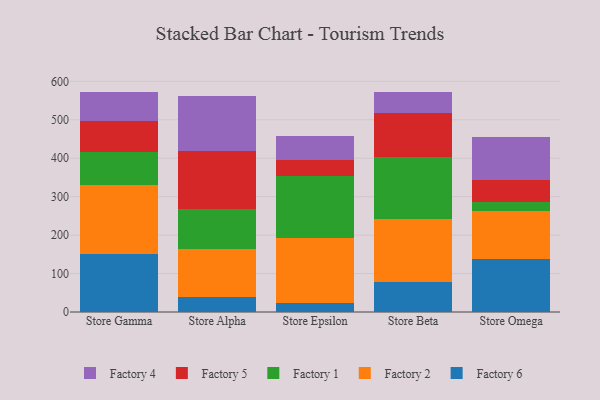
{"axis": {"x": "Store", "y": "Waste Production (Tons)"}, "legend": ["Factory 1", "Factory 2", "Factory 4", "Factory 5", "Factory 6"], "data": [{"x": "Store Gamma", "y": 149.9, "type": "Factory 6"}, {"x": "Store Gamma", "y": 179.4, "type": "Factory 2"}, {"x": "Store Gamma", "y": 86.7, "type": "Factory 1"}, {"x": "Store Gamma", "y": 79.8, "type": "Factory 5"}, {"x": "Store Gamma", "y": 77.5, "type": "Factory 4"}, {"x": "Store Alpha", "y": 38.3, "type": "Factory 6"}, {"x": "Store Alpha", "y": 124.9, "type": "Factory 2"}, {"x": "Store Alpha", "y": 104.9, "type": "Factory 1"}, {"x": "Store Alpha", "y": 152.0, "type": "Factory 5"}, {"x": "Store Alpha", "y": 141.0, "type": "Factory 4"}, {"x": "Store Epsilon", "y": 22.8, "type": "Factory 6"}, {"x": "Store Epsilon", "y": 171.0, "type": "Factory 2"}, {"x": "Store Epsilon", "y": 160.2, "type": "Factory 1"}, {"x": "Store Epsilon", "y": 41.4, "type": "Factory 5"}, {"x": "Store Epsilon", "y": 61.9, "type": "Factory 4"}, {"x": "Store Beta", "y": 78.4, "type": "Factory 6"}, {"x": "Store Beta", "y": 163.3, "type": "Factory 2"}, {"x": "Store Beta", "y": 160.8, "type": "Factory 1"}, {"x": "Store Beta", "y": 115.4, "type": "Factory 5"}, {"x": "Store Beta", "y": 55.0, "type": "Factory 4"}, {"x": "Store Omega", "y": 137.3, "type": "Factory 6"}, {"x": "Store Omega", "y": 124.9, "type": "Factory 2"}, {"x": "Store Omega", "y": 23.2, "type": "Factory 1"}, {"x": "Store Omega", "y": 56.9, "type": "Factory 5"}, {"x": "Store Omega", "y": 114.0, "type": "Factory 4"}]}